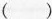
( )